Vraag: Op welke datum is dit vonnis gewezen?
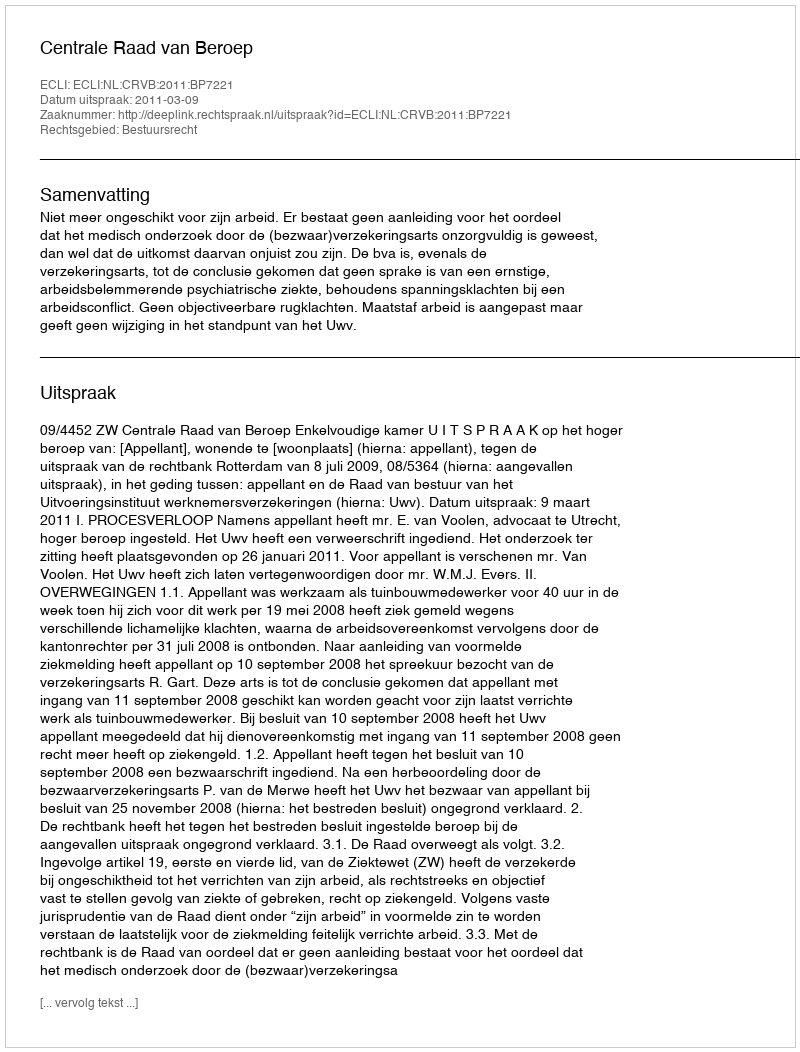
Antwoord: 2011-03-09